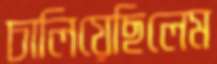
চালিয়েছিলেম